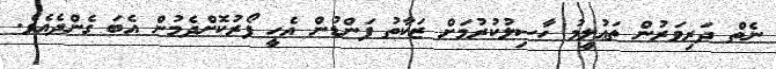
ނެތް ދަރިވަރުން ތަޢުލީމު ހާސިލުކުރުމަށް ޒަކާތު ފަންޑުން އެހީ ފޯރުކޮށްދެމުން އެބަ ގެންދެއެވެ.